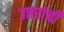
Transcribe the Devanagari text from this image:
उत्तरांची